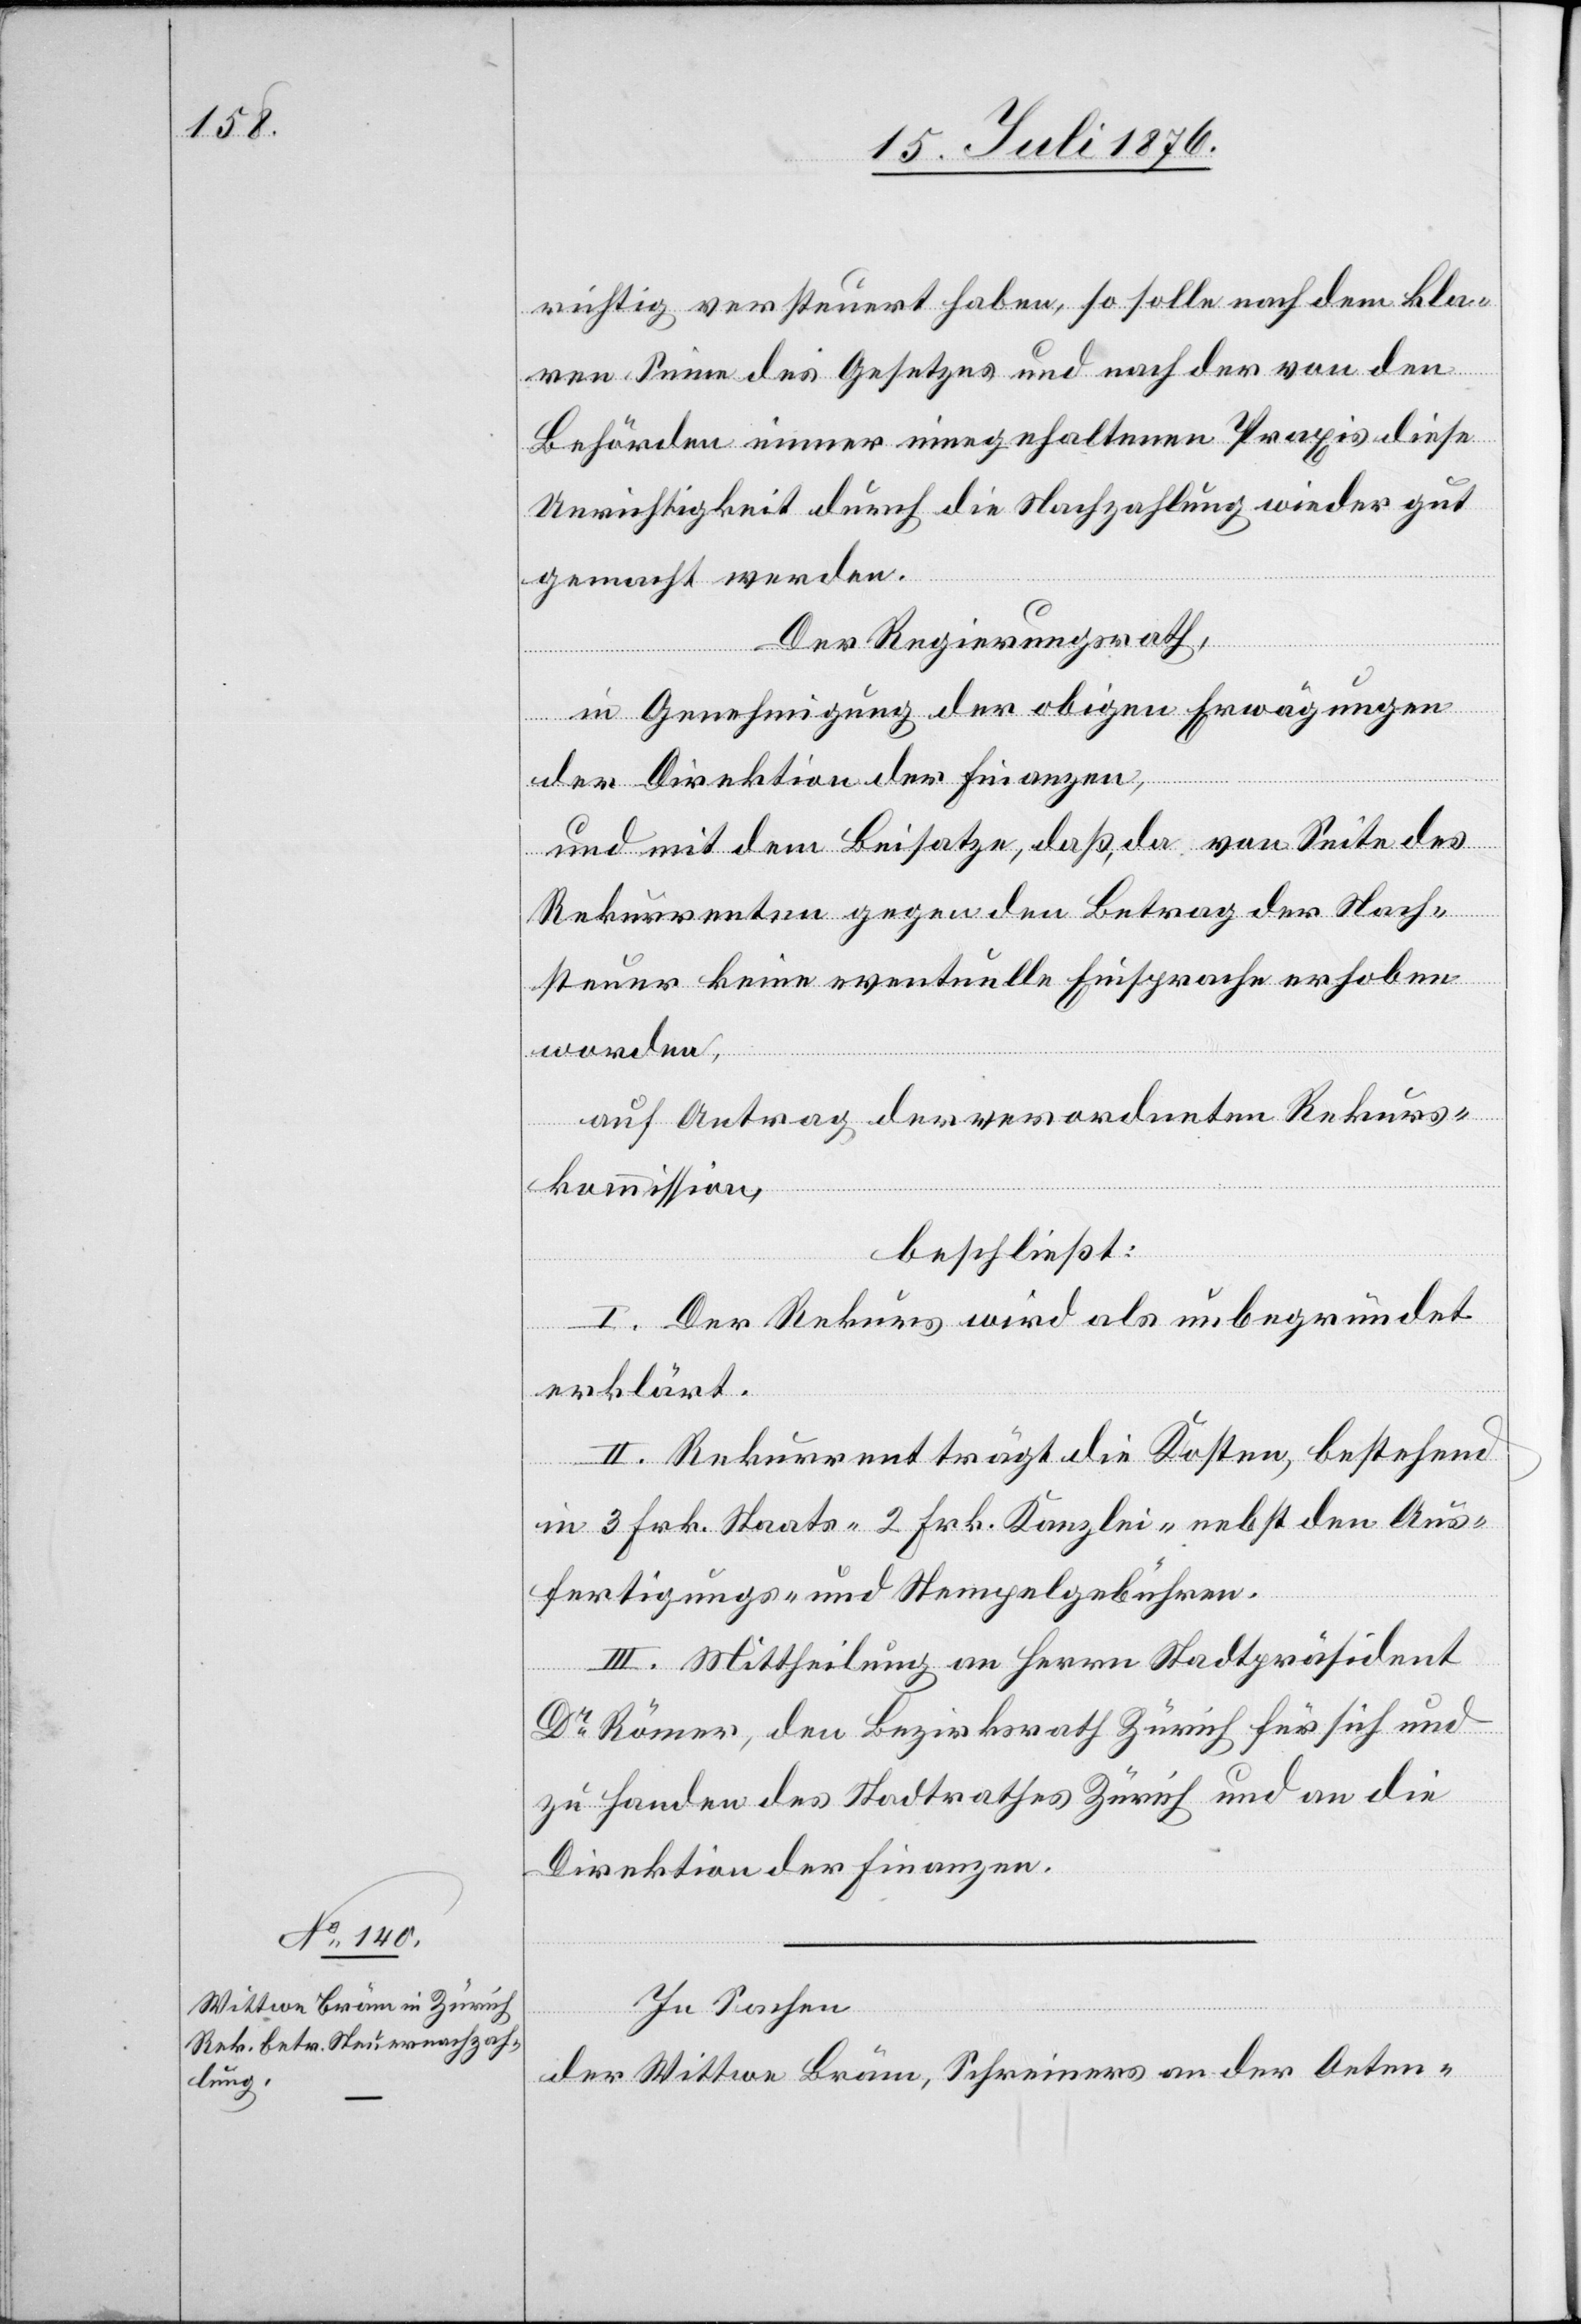
richtig versteuert haben, so solle nach dem kla¬
ren Sinne des Gesetzes und nach der von den
Behörden immer eingehaltenen Praxis diese
Unrichtigkeit durch die Nachzahlung wieder gut
gemacht werden.
Der Regierungsrath,
in Genehmigung der obigen Erwägungen
der Direktion der Finanzen,
und mit dem Beisatze, daß, da von Seite des
Rekurrenten gegen den Betrag der Nach¬
steuer keine eventuelle Einsprache erhoben
werden
auf Antrag der verordneten Rekurs¬
kommission,
beschließt:
I. Der Rekurs wird als unbegründet
erklärt.
II. Rekurrent trägt die Kosten, bestehend
in 3 Frk. Staats- 2 Frk. Kanzlei- nebst den Aus¬
fertigungs- und Stempelgebühren.
III. Mittheilung an Herrn Stadtpräsident
Dr Römer, den Bezirksrath Zürich für sich und
zu Handen des Stadtrathes Zürich und an die
Direktion der Finanzen.
In Sachen
der Wittwe Bräm, Schreiners an der Oeten-